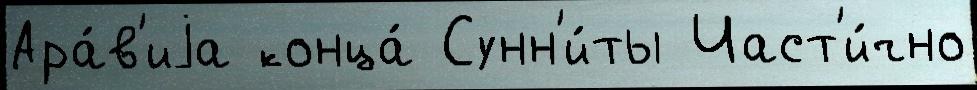
Ара́в'иjа конца́ Сунн'и́ты Част'и́чно